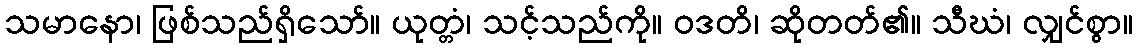
သမာနော၊ ဖြစ်သည်ရှိသော်။ ယုတ္တံ၊ သင့်သည်ကို။ ဝဒတိ၊ ဆိုတတ်၏။ သီဃံ၊ လျှင်စွာ။